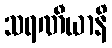
သရဏီယာနိ